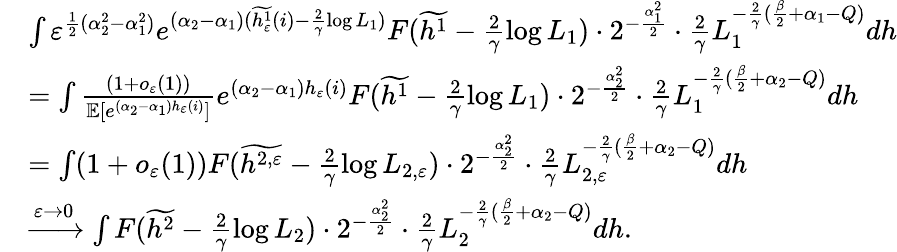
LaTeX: \begin{array}{rl}&{\int\varepsilon^{\frac{1}{2}(\alpha_{2}^{2}-\alpha_{1}^{2})}e^{(\alpha_{2}-\alpha_{1})(\widetilde{h_{\varepsilon}^{1}}(i)-\frac{2}{\gamma}\log L_{1})}F(\widetilde{h^{1}}-\frac{2}{\gamma}\log L_{1})\cdot 2^{-\frac{\alpha_{1}^{2}}{2}}\cdot\frac{2}{\gamma}L_{1}^{-\frac{2}{\gamma}(\frac{\beta}{2}+\alpha_{1}-Q)}dh}\\ &{=\int\frac{(1+o_{\varepsilon}(1))}{\mathbb E[e^{(\alpha_{2}-\alpha_{1})h_{\varepsilon}(i)}]}e^{(\alpha_{2}-\alpha_{1}){h_{\varepsilon}}(i)}F(\widetilde{h^{1}}-\frac{2}{\gamma}\log L_{1})\cdot 2^{-\frac{\alpha_{2}^{2}}{2}}\cdot\frac{2}{\gamma}L_{1}^{-\frac{2}{\gamma}(\frac{\beta}{2}+\alpha_{2}-Q)}dh}\\ &{=\int(1+o_{\varepsilon}(1))F(\widetilde{h^{2,\varepsilon}}-\frac{2}{\gamma}\log L_{2,\varepsilon})\cdot 2^{-\frac{\alpha_{2}^{2}}{2}}\cdot\frac{2}{\gamma}L_{2,\varepsilon}^{-\frac{2}{\gamma}(\frac{\beta}{2}+\alpha_{2}-Q)}dh}\\ &{\xrightarrow{\varepsilon\to 0}\int F(\widetilde{h^{2}}-\frac{2}{\gamma}\log L_{2})\cdot 2^{-\frac{\alpha_{2}^{2}}{2}}\cdot\frac{2}{\gamma}L_{2}^{-\frac{2}{\gamma}(\frac{\beta}{2}+\alpha_{2}-Q)}dh.}\end{array}